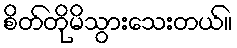
စိတ်တိုမိသွားသေးတယ်။